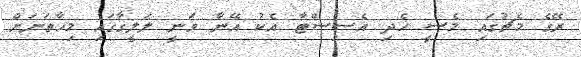
ރޭގެ މެޗުގައި މެސީ ހެދި އެސިސްޓާ އެކު އޭނާ ވަނީ ލަލީގާގައި މިހާތަނަށް